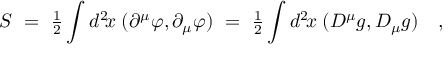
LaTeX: S ~ = ~ { \textstyle { \frac { 1 } { 2 } } } \int d ^ { 2 } \! x \; ( \partial ^ { \mu } \varphi , \partial _ { \mu } \varphi ) ~ = ~ { \textstyle { \frac { 1 } { 2 } } } \int d ^ { 2 } \! x \; ( D ^ { \mu } g , D _ { \mu } g ) ~ ~ ~ ,